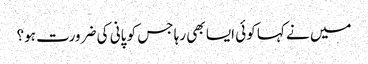
میں نے کہا کوئی ایسا بھی رہا جس کو پانی کی ضرورت ہو؟